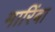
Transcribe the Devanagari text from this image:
मारिंबा